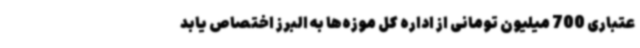
عتباری 700 میلیون تومانی از اداره کل موزه‌ها به البرز اختصاص یابد